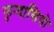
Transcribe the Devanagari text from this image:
फुन्दासियो